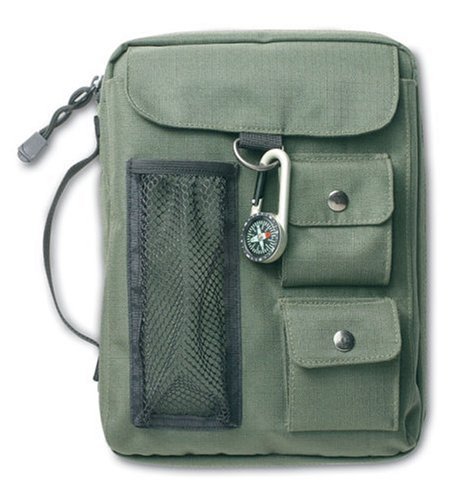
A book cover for Olive green bible cover w/Compass XL; Zondervan; Christian Books & Bibles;